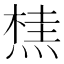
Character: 𭵣